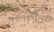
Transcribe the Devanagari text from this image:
लाचेनल